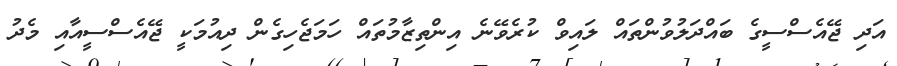
އަދި ޖޭއެސްސީގެ ބައްދަލުވުންތައް ލައިވް ކުރެވޭނެ އިންތިޒާމުތައް ހަމަޖެހިގެން ދިއުމަކީ ޖޭއެސްސީއާއި މެދު